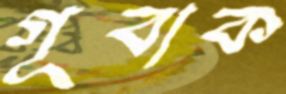
গূবাক